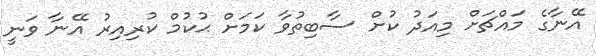
އޭނާގެ މައްޗަށް މިއަދު ކުށް ސާބިތުވާ ކަމަށް ޙުކުމް ކުރިއިރު އޭނާ ވަނީ